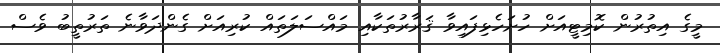
މީގެ އިތުރުން ކޮމިޓީއަށް ހުށަހެޅިފައިވާ ޤަރާރުތަކާއި މައްސަލަތައް ކުރިއަށް ގެންދަވާނެ ތަރުތީބު ވެސް